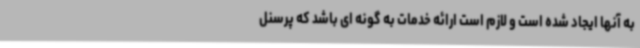
به آنها ایجاد شده است و لازم است ارائه خدمات به گونه ای باشد که پرسنل